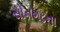
સોનગઢના